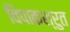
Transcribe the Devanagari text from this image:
विपाकश्रुत